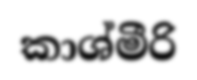
කාශ්මීරි